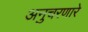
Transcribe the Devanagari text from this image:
अनुचरणारे